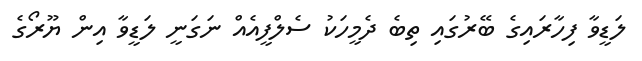
ލަޑީވާ ފިހާރައިގެ ބޭރުގައި ތިބެ ދެމީހަކު ސެލްފީއެއް ނަގަނީ ލަޑީވާ އިން ޔޫރޯގެ